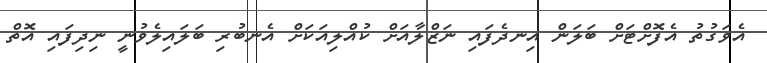
އެވަގުތު އެފޮށްޓަށް ބަލަން އިނދެފައި ނަޒްލާއަށް ކުއްލިއަކަށް އެނބުރި ބަލައިލެވުނީ ނިދިފައި އޮތް